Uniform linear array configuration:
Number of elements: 24
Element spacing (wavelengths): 0.25
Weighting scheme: exponential
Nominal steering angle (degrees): -45
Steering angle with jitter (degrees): -43.953
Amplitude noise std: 0.05
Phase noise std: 0.05

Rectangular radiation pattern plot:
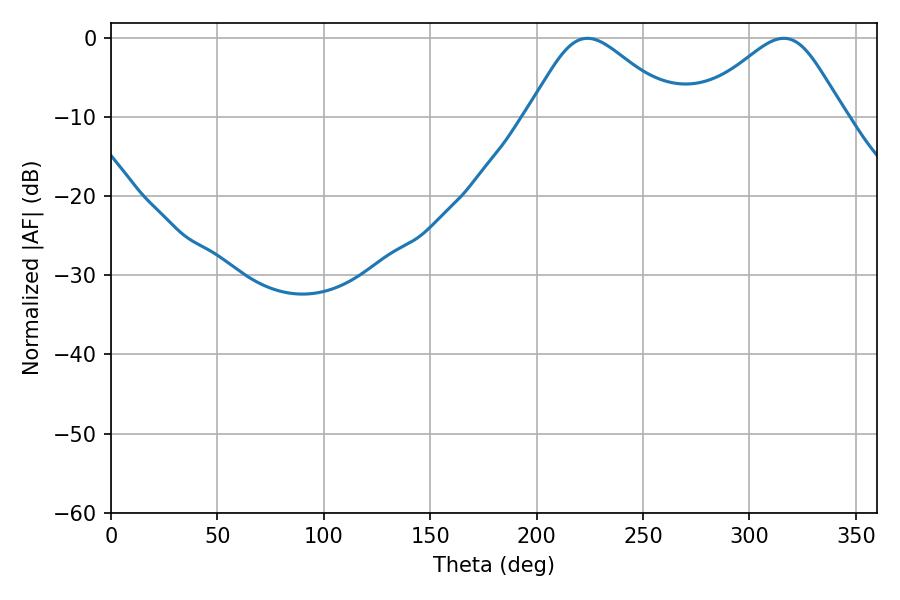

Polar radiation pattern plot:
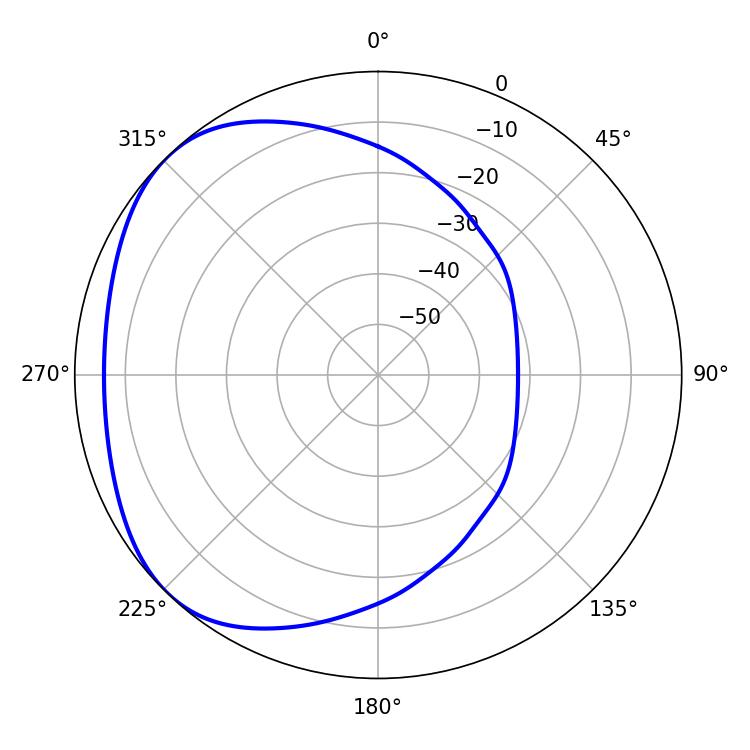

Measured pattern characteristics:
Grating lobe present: FALSE
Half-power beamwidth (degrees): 34.56
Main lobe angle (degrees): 223.92